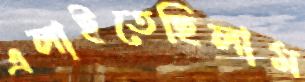
এলাইতেছিলাম